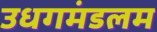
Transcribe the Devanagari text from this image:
उधगमंडलम